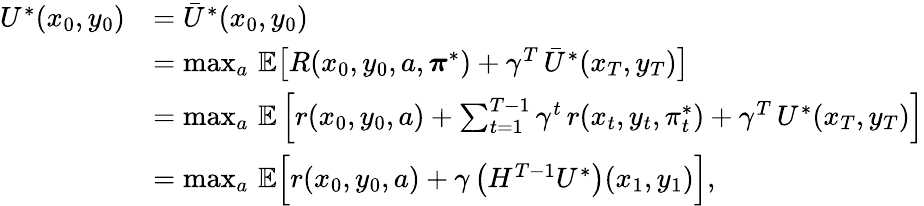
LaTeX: \begin{array}{rl}{U^{*}(x_{0},y_{0})}&{=\bar{U}^{*}(x_{0},y_{0})}\\ &{=\operatorname*{max}_{a}\, \mathbb{E}\bigl[R(x_{0},y_{0},a,\boldsymbol{\pi}^{*})+\gamma^{T}\, \bar{U}^{*}(x_{T},y_{T})\bigr]}\\ &{=\operatorname*{max}_{a}\, \mathbb{E}\left[r(x_{0},y_{0},a)+\sum_{t=1}^{T-1}\gamma^{t}\, r(x_{t},y_{t},\pi_{t}^{*})+\gamma^{T}\, U^{*}(x_{T},y_{T})\right]}\\ &{=\operatorname*{max}_{a}\, \mathbb{E}\Bigl[r(x_{0},y_{0},a)+\gamma\, \bigl(H^{T-1}U^{*}\bigr)(x_{1},y_{1})\Bigr],}\end{array}